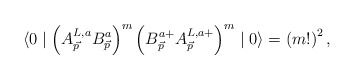
\begin{align*}\langle 0\mid \left(A_{\vec{p}}^{L,a}B_{\vec{p}}^a\right) ^m\left(B_{\vec{p }}^{a+}A_{\vec{p}}^{L,a+}\right) ^m\mid 0\rangle =\left(m!\right) ^2,\end{align*}